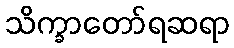
သိက္ခာတော်ရဆရာ